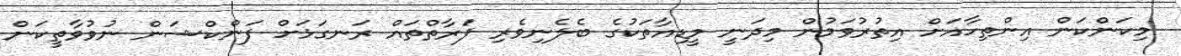
މިކަންކަން އިންތިހާއަށް އިތުރުވަމުން މިދަނީ މީޑިއާތަކުގެ ބެލެނިވެރި ފަރާތްތައް ރަނގަޅަށް ފަންކްޝަން ނުވުވާތީކަން